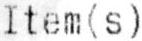
ITEM(S)